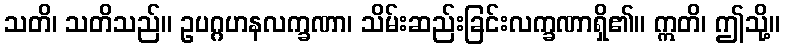
သတိ၊ သတိသည်။ ဥပဂ္ဂဟနလက္ခဏာ၊ သိမ်းဆည်းခြင်းလက္ခဏာရှိ၏။ ဣတိ၊ ဤသို့။